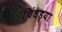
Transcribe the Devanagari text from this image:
चिंधड्या